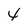
Character: 4